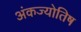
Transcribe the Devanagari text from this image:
अंकज्योतिष